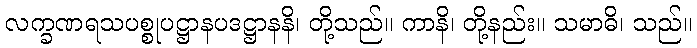
လက္ခဏရသပစ္စုပဋ္ဌာနပဒဋ္ဌာနနိ၊ တို့သည်။ ကာနိ၊ တို့နည်း။ သမာဓိ၊ သည်။